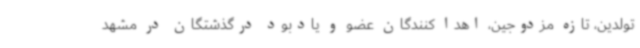
تولدین، تازه مزدوجین، اهدا کنندگان عضو و یادبود درگذشتگان در مشهد